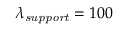
\lambda _ { \mathit { s u p p o r t } } = 1 0 0